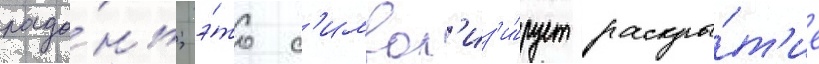
ладо́нь; э́то с'имвол'из'и́рует раскры́т'ие